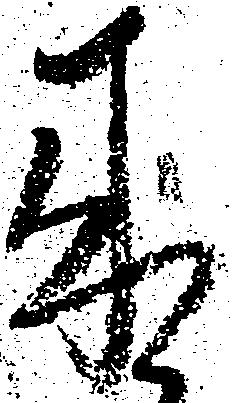
来